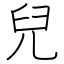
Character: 兒